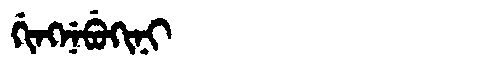
Manchu: ᡤᡳᠩᠨᡝᠪᡠᡴᡳᠨᡳ
Romanization: GINGNEBUKINI